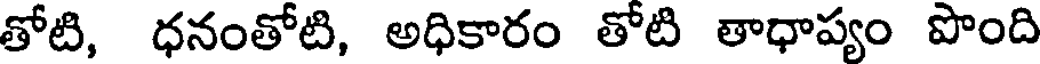
తోటి, ధనంతోటి, అధికారం తోటి తాధాప్యం పొంది